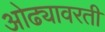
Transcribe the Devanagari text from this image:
ओढ्यावरती